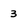
Character: 3